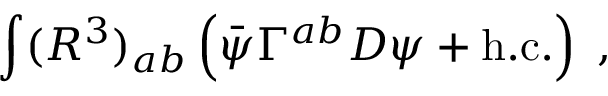
\int ( R ^ { 3 } ) _ { a b } \left( \bar { \psi } \Gamma ^ { a b } D \psi + \mathrm { h . c . } \right) \; ,